Annual report on the lock hospitals of the Madras Presidency
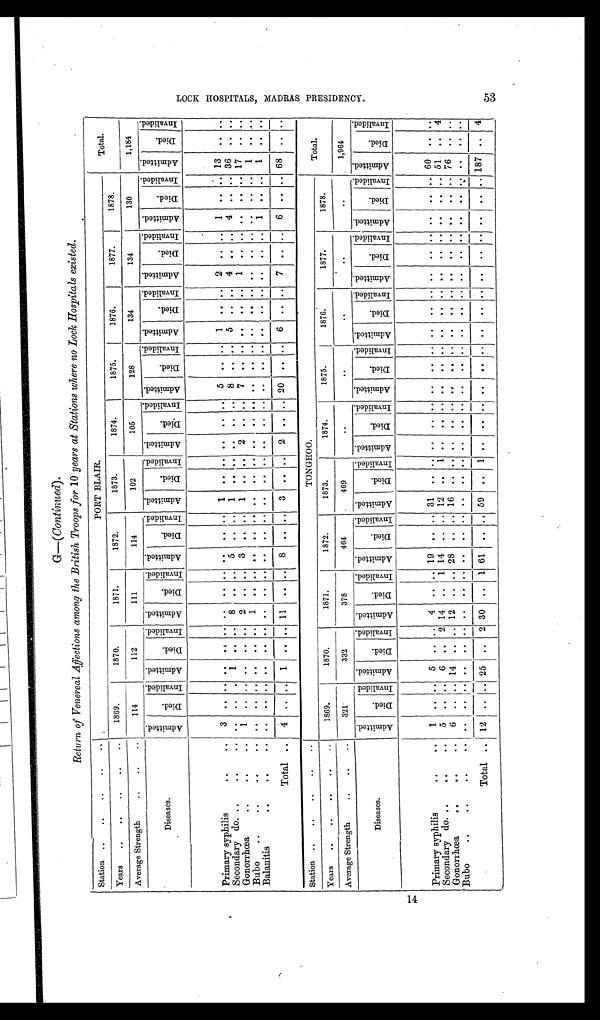
14
G—(Continued).
Return of Venereal Affections among the British Troops for 10 years at Stations where no Lock Hospitals existed.
Station ..
..
..
..
..
PORT BLAIR.
Total.
Years
..
..
..
..
..
1869.
1870.
1871.
1872.
1873.
1874.
1875.
1876.
1877.
1878.
Average Strength
..
..
..
114
112
111
114
102
105
128
134
134
130
1,184
Diseases.
A d m i t t e d .
D i e d .
I nval i ded.
Admi t t ed.
Died.
I nval i ded. Admi t t ed.
D i e d .
I nval i ded. A d m i t t e d .
Died.
Inval i ded. Admi t t ed.
Di e d .
Inval i ded. A d m i t t e d .
Died.
Inval i ded. A d m i t t e d .
D i e d .
Inval i ded.
A d m i t t e d . D i e d .
Inval i ded. Admi t t ed.
Died.
I nval i ded. Admi t t e d.
Di ed.
I nval i ded.
Admi tted.
Died.
I n v a l i d e d .
Primary syphilis
..
..
3
..
. .
. .
. .
. .
. .
. .
. . . .
. .
. . 1
. .
. .
. .
. .
. . 5
. .
. . 1
..
. . 2 .. .. 1
. . .. 13
. . . .
Secondary do. ..
. .
. . ..
. . 1
. .
. . 8
. .
. . 5
. .
. . 1
. .
. .
..
. .
. . 8
. .
. . 5
. . . . 4
. .
.. 4 .. .. 36
. . . .
Gonorrhœa
..
..
..
1 ..
. .
..
. . . . 2
. .
. .
3
. .
. .
1
. .
..
2 .. .. 7
.. .. . . ..
. . 1
. . ..
. .
. . .. 17
. .
. .
Bubo
..
..
..
. .
. .
..
. .
. .
. .
. .
1
. .
. .
. .
. .
. .
. .
. .
. .
. .
. .
. .
. .
. .
. .
. .
. .
. .
. .
. .
..
. .
. .
..
1
. .
. .
Balanitis
..
..
. .
. .
..
. . . .
. .
. .
. .
. . ..
. . .. .. ..
. .
. . . .
. . ..
. .
. .
. . . .
. .
. . ..
. . ..
1
. . ..
1
. . . .
Total ..
4
..
. . 1
. . .. 11
. .
-..
8
. .
. .
3
. .
. .
2 ..
. .
20
. .
. .
. .
..
. .
7
. .
..
6 ..
..
68
. . . .
Station ..
..
..
..
. .
TONGHOO.
Total.
Years
..
..
..
..
. .
1869.
1870.
1871.
1872.
1873.
1874.
1875.
1876.
1877.
1878.
Average Strength
..
..
..
321
332
378
464
469
..
..
..
. .
. .
1,964
Diseases.
A d m i t t e d .
D i e d .
I nval i ded.
A d m i t t e d .
D i e d .
Inval i ded.
A d m i t t e d .
Died.
Inval i ded.
A d m i t t e d .
D i e d .
I nval i ded.
A d m i t t e d .
Died.
I nval i ded. A d m i t t e d .
D i e d .
Invalided.
A d m i t t e d .
Di ed.
I nval i ded.
A d m i t t e d .
Di ed.
I nval i ded. A d m i t t e d .
D i e d .
I nval i ded.
A d m i t t e d .
Died.
Inval i ded.
A d m i t t e d .
D i e d .
I n v a l i d e d .
Primary syphilis
..
. .
1
..
. .
5
..
. . 4 .. .. 19 ..
. . 31
.. .. .. .. .. . .
. .
. . . .
. . ..
. .
. .
. .
..
..
..
60
. .
. .
Secondary do. ..
..
. .
5
..
. . 6 .. 2 14 ..
1 14
. .
. . 12 ..
1
. .
. . . . . .
. .
. . . .
. . ..
. .
. .
. .
..
. .
. . 51
. .
4
Gonorrhœa
..
..
. .
6
. .
. . 14 ..
. . 12 ..
. . 28 ..
. . 16
. . ..
. .
. .
. .
. .
..
..
. .
.. ..
..
..
..
..
..
..
76
. .
. .
Bubo
..
..
.
.
. .
..
. .
. .
. .
. . ..
. .
. .
. .
. .
. .
. .
. .
..
. .
. .
. . . .
. .
. . . .
. . ..
. .
. .
. .
..
. .
. .
. .
. .
. .
Total .. 12 .. .. 25
.. 2 30 ..
1 61
.. .. 59 ..
1 ..
.. .. . .
..
. . . .
..
..
. .
. .
. . ..
. .
. .
187 .. 4
L O C K H O S P I T A L S , M A D R A S P R E S I D E N C Y . 5 3